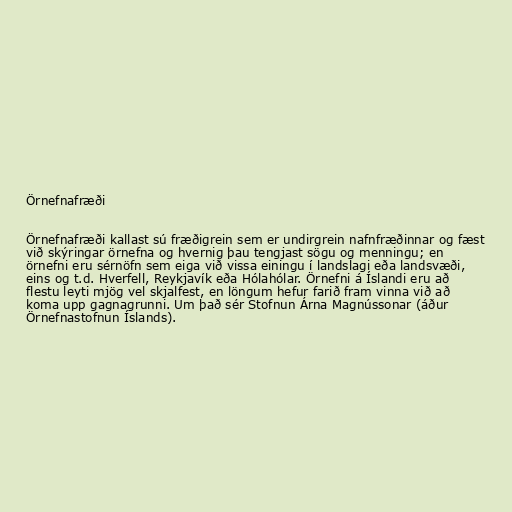
Örnefnafræði

Örnefnafræði kallast sú fræðigrein sem er undirgrein nafnfræðinnar og fæst
við skýringar örnefna og hvernig þau tengjast sögu og menningu; en
örnefni eru sérnöfn sem eiga við vissa einingu í landslagi eða landsvæði,
eins og t.d. Hverfell, Reykjavík eða Hólahólar. Örnefni á Íslandi eru að
flestu leyti mjög vel skjalfest, en löngum hefur farið fram vinna við að
koma upp gagnagrunni. Um það sér Stofnun Árna Magnússonar (áður
Örnefnastofnun Íslands).